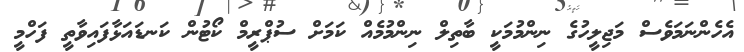
އެހެންނަމަވެސް މަޖިލީހުގެ ނިންމުމަކީ ބާތިލް ނިންމުމެއް ކަމަށް ސުޕްރީމް ކޯޓުން ކަނޑައަޅާފައިވާތީ ފަހްމީ